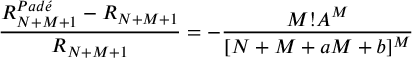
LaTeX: \frac { R _ { N + M + 1 } ^ { P a d \acute { e } } - R _ { N + M + 1 } } { R _ { N + M + 1 } } = - \frac { M ! A ^ { M } } { [ N + M + a M + b ] ^ { M } }